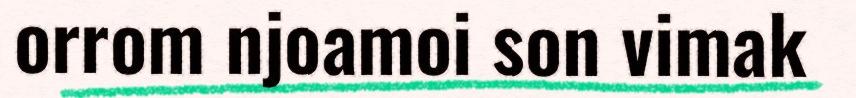
orrom njoamoi son vimak